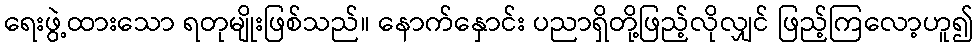
ရေးဖွဲ့ထားသော ရတုမျိုးဖြစ်သည်။ နောက်နှောင်း ပညာရှိတို့ဖြည့်လိုလျှင် ဖြည့်ကြလော့ဟူ၍